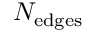
N _ { \mathrm { { e d g e s } } }